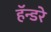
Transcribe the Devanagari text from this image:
हॅन्डरे